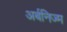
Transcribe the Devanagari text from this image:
अर्बनिज्म